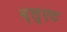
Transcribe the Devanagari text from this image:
ब्लुएट